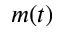
m ( t )